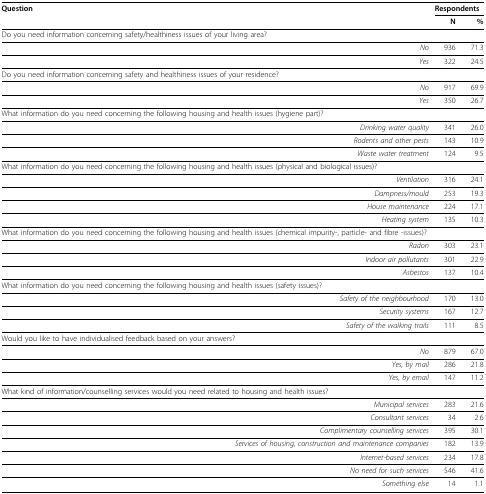
<table><thead><tr><td><b>Question</b></td><td colspan="2"><b>Respondents</b></td></tr><tr><td></td><td><b>N</b></td><td><b>%</b></td></tr></thead><tbody><tr><td>Do you need information concerning safety/healthiness issues of your living area?</td><td></td><td></td></tr><tr><td><i>No</i></td><td>936</td><td>71.3</td></tr><tr><td><i>Yes</i></td><td>322</td><td>24.5</td></tr><tr><td>Do you need information concerning safety and healthiness issues of your residence?</td><td></td><td></td></tr><tr><td><i>No</i></td><td>917</td><td>69.9</td></tr><tr><td><i>Yes</i></td><td>350</td><td>26.7</td></tr><tr><td>What information do you need concerning the following housing and health issues (hygiene part)?</td><td></td><td></td></tr><tr><td><i>Drinking water quality</i></td><td>341</td><td>26.0</td></tr><tr><td><i>Rodents and other pests</i></td><td>143</td><td>10.9</td></tr><tr><td><i>Waste water treatment</i></td><td>124</td><td>9.5</td></tr><tr><td>What information do you need concerning the following housing and health issues (physical and biological issues)?</td><td></td><td></td></tr><tr><td><i>Ventilation</i></td><td>316</td><td>24.1</td></tr><tr><td><i>Dampness/mould</i></td><td>253</td><td>19.3</td></tr><tr><td><i>House maintenance</i></td><td>224</td><td>17.1</td></tr><tr><td><i>Heating system</i></td><td>135</td><td>10.3</td></tr><tr><td>What information do you need concerning the following housing and health issues (chemical impurity-, particle- and fibre -issues)?</td><td></td><td></td></tr><tr><td><i>Radon</i></td><td>303</td><td>23.1</td></tr><tr><td><i>Indoor air pollutants</i></td><td>301</td><td>22.9</td></tr><tr><td><i>Asbestos</i></td><td>137</td><td>10.4</td></tr><tr><td>What information do you need concerning the following housing and health issues (safety issues)?</td><td></td><td></td></tr><tr><td><i>Safety of the neighbourhood</i></td><td>170</td><td>13.0</td></tr><tr><td><i>Security systems</i></td><td>167</td><td>12.7</td></tr><tr><td><i>Safety of the walking trails</i></td><td>111</td><td>8.5</td></tr><tr><td>Would you like to have individualised feedback based on your answers?</td><td></td><td></td></tr><tr><td><i>No</i></td><td>879</td><td>67.0</td></tr><tr><td><i>Yes, by mail</i></td><td>286</td><td>21.8</td></tr><tr><td><i>Yes, by email</i></td><td>147</td><td>11.2</td></tr><tr><td>What kind of information/counselling services would you need related to housing and health issues?</td><td></td><td></td></tr><tr><td><i>Municipal services</i></td><td>283</td><td>21.6</td></tr><tr><td><i>Consultant services</i></td><td>34</td><td>2.6</td></tr><tr><td><i>Complimentary counselling services</i></td><td>395</td><td>30.1</td></tr><tr><td><i>Services of housing, construction and maintenance companies</i></td><td>182</td><td>13.9</td></tr><tr><td><i>Internet-based services</i></td><td>234</td><td>17.8</td></tr><tr><td><i>No need for such services</i></td><td>546</td><td>41.6</td></tr><tr><td><i>Something else</i></td><td>14</td><td>1.1</td></tr></tbody></table>